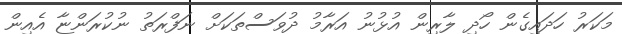
މަކަރު ހަދައިގެން ހޯދި ލާރިން އުޅުނު އަރާމު ދުވަސްތަކަށް ނަފްރަތު ނުކުރަންޏާ އެއިން